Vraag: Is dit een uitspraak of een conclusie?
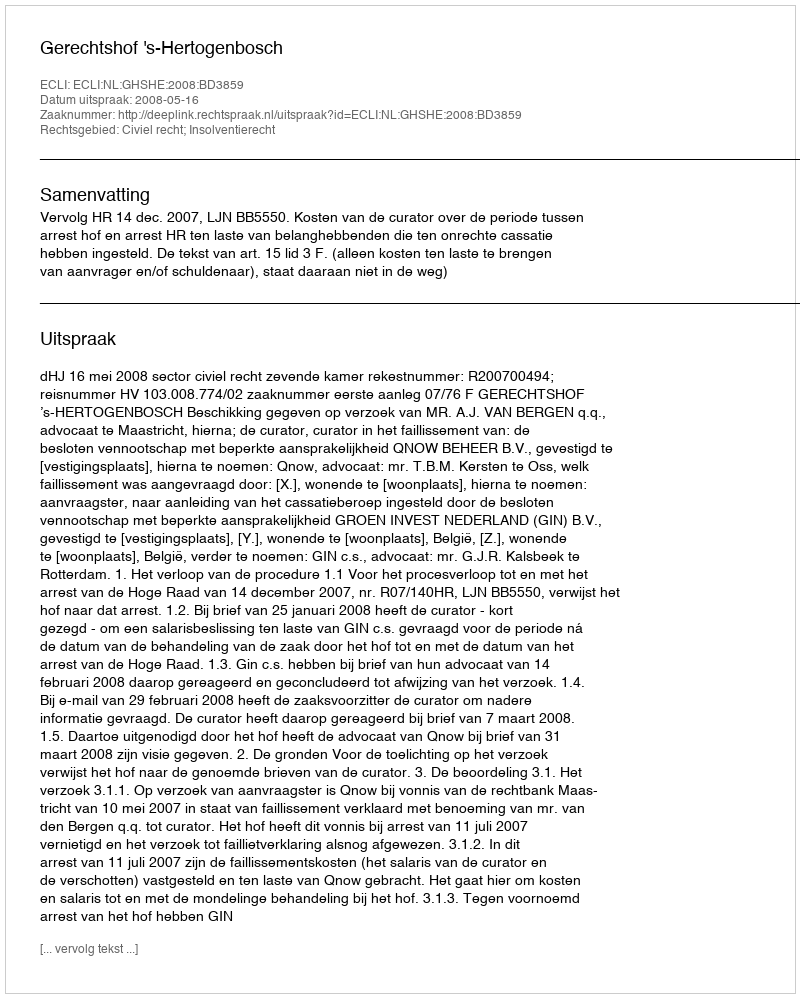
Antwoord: Uitspraak